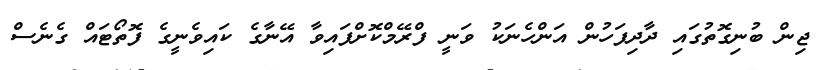
ޖިން ބުނިގޮތުގައި ދާދިފަހުން އަންހެނަކު ވަނީ ފްރޭމްކޮށްފައިވާ އޭނާގެ ކައިވެނީގެ ފޮތޯޓައް ގެނެސް